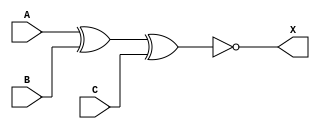
module sky130_fd_sc_hd__xnor3_5 (
    X,
    A,
    B,
    C
);
    output X;
    input  A;
    input  B;
    input  C;
    wire xnor0_out_X;
    xnor xnor0 (xnor0_out_X, A, B, C        );
    buf  buf0  (X          , xnor0_out_X    );
endmodule